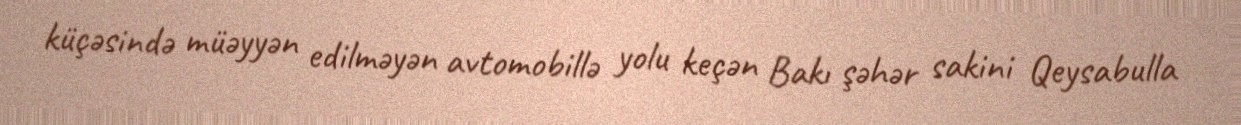
küçəsində müəyyən edilməyən avtomobillə yolu keçən Bakı şəhər sakini Qeysabulla